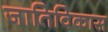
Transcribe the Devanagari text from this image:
जातिविकास